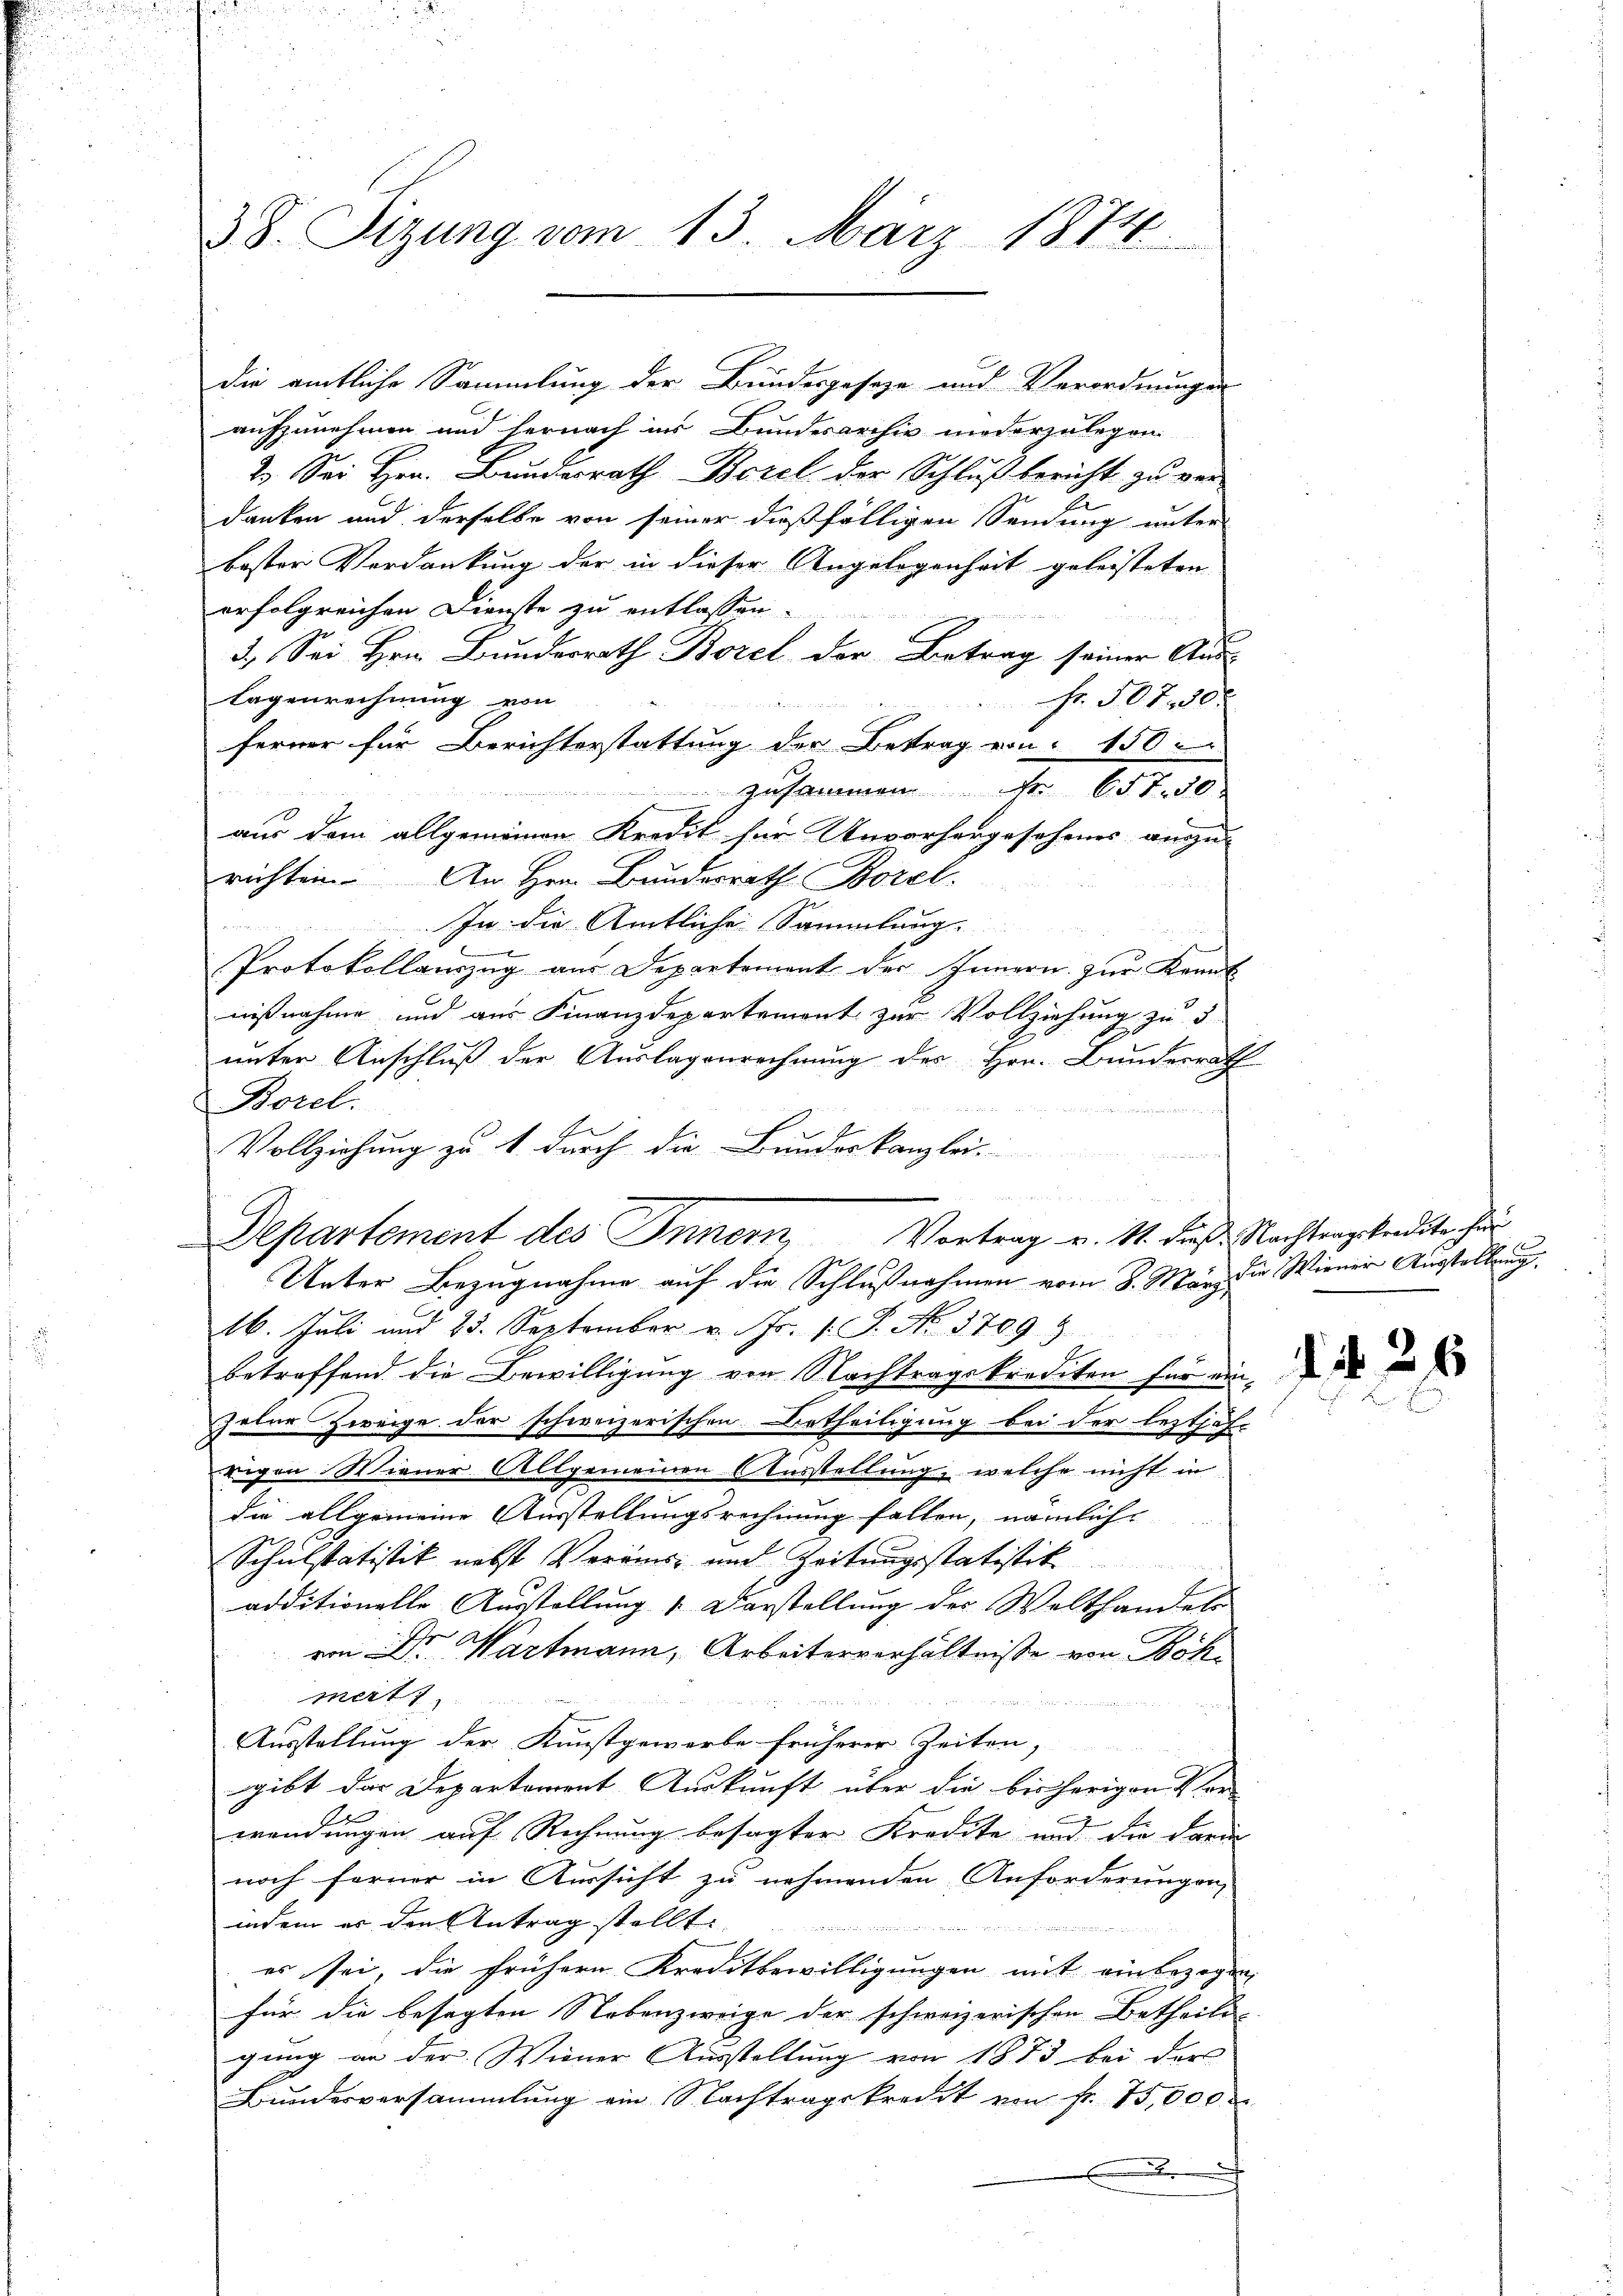
38. Sizung vom 13. März 1874.

die amtliche Sammlung der Bundesgeseze und Verordnungen
aufzunehmen und hernach ins Bundesarchiv niederzulegen.
2. Sei Hrn. Bundesrath Borel der Schluß bericht zu verdanken und derselbe von seiner dießfälligen Sendung unter
bester Verdankung der in dieser Angelegenheit geleisteten
erfolgreichen Dienste zu entlassen.

 ver
3. Sei Hrn. Bundesrath Borel der Betrag seiner Aus¬
Fr. 507. 20.
Tagenrechnung von
iliarlot der bei der
ferner für Berichterstattung der Bestrag von 150
 zusammen Fr. 657. 50
a
aus dem allgemeinen Kredit für Unvorhergesehenes anzu-
richten. An Hrn. Bundesrath Borel.
In die Amtliche Sammlung
Protokollauszug aus Departement der Innern zur Kennt
nißnahme und aus Finanzdepartement zur Vollziehung zu 5
unter Anschluß der Auslagenrechnung des Hrn. Bunderrath
Borel.

Vollziehung zu 1. durch die Bundeskanzlei-
u
n
16. Juli und 25. September v. Js. v. J. No. 3709. 3
betreffend die Bewilligung von Nachtragskredeten für ein, es in
peler Zweige der schweizerischen Betheiligung bei der lezthofe
rigen. Wiener Allgemeinen Ausstellung, welche nicht in
die allgemeine Ausstellungsrechnung fallen, nämliche
Schulstatistik nebst Veräus- und Zeitungsstatistik
additionelle Ausstellung 1. Darstellung der Welthandels
von Dr. Wartmann, Arbeiterverhältnisse von Böhmert
Ausstellung der Kunstgewerbe früherer Zeiten,
gibt das Departorient Auskunft über die bisherigen Vor-
wendungen auf Rechnung besagter Kredite und die darin
noch ferner in Aussicht zu nehmenden Anforderungen,
indem er den Antrag stellt.
es sei, die frühern Kreditbewilligungen mit einbezogen,
für die besagten Nebenzweige der schweizerischen Betheils-
gung an der Wiener Ausstellung von 1873 bei der
Bundesversammlung ein Nachtragskredit von fr. 75,000
2

Departement des Inner Vortrag v. 11. daß Nachtragskreditarcher
Unter Bezugnahme auf die Schlußnahmen vom 8. März die Wiener Ausstellung.